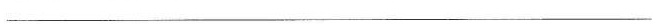
___